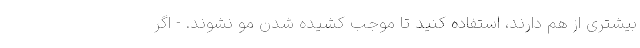
بیشتری از هم دارند، استفاده کنید تا موجب کشیده شدن مو نشوند. - اگر